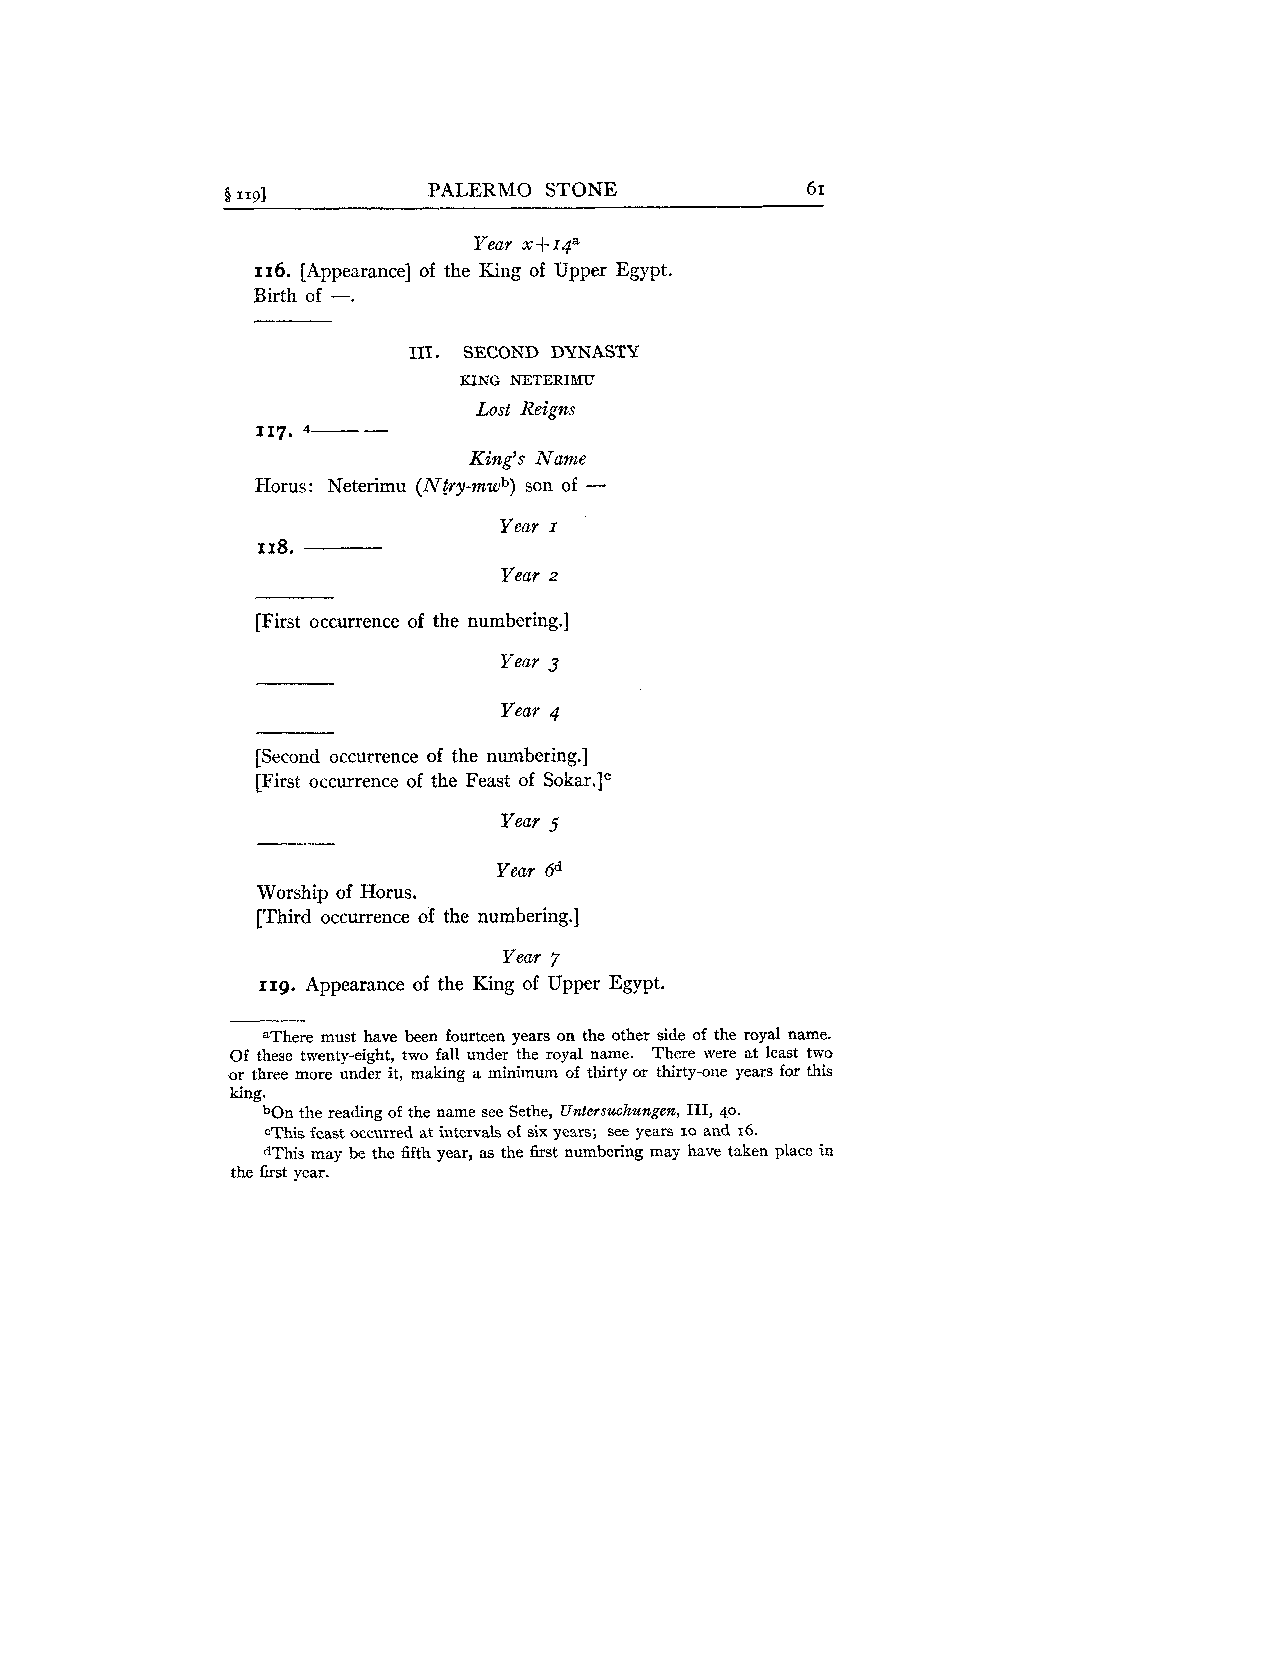
8 1193       PALERMO STONE            6 I
 Year x+rqa
 116. [Appearance] of the King of Upper Egypt.
 Birth of -.
 1x1. SECOND DYNASTY
 KING NETERIUU
 Lost Reigns
 117. 4--
 King's Name
 -
 Horus: Neterimu (Niry-mwb) son of
 Year I
 118.
 Year z
 [First occurrence of the numbering.]
 Year 3
 Year 4
 [Second occurrence of the numbering.]
 [First occurrence of the Feast of Sokar.Ic
 Year 5
 Year 6d
 Worship of Horus.
 [Third occurrence of the numbering.]
 Year 7
 119. Appearance of the King of Upper Egypt.
 aThere must have been fourteen years on the other side of the royal name.
 Of these twenty-eight, two fall under the royal name. There were at least two
 or three more under it, making a minimum of thirty or thirty-one years for this
 king.
 bOn the reading of the name see Sethe, Untersuchungen, 111, 40.
 CThis feast occurred at intervals of six years; see years 10 and 16.
 dThis may be the fifth year, as the &st numbering may have taken place in
 the first year.